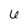
Character: 6